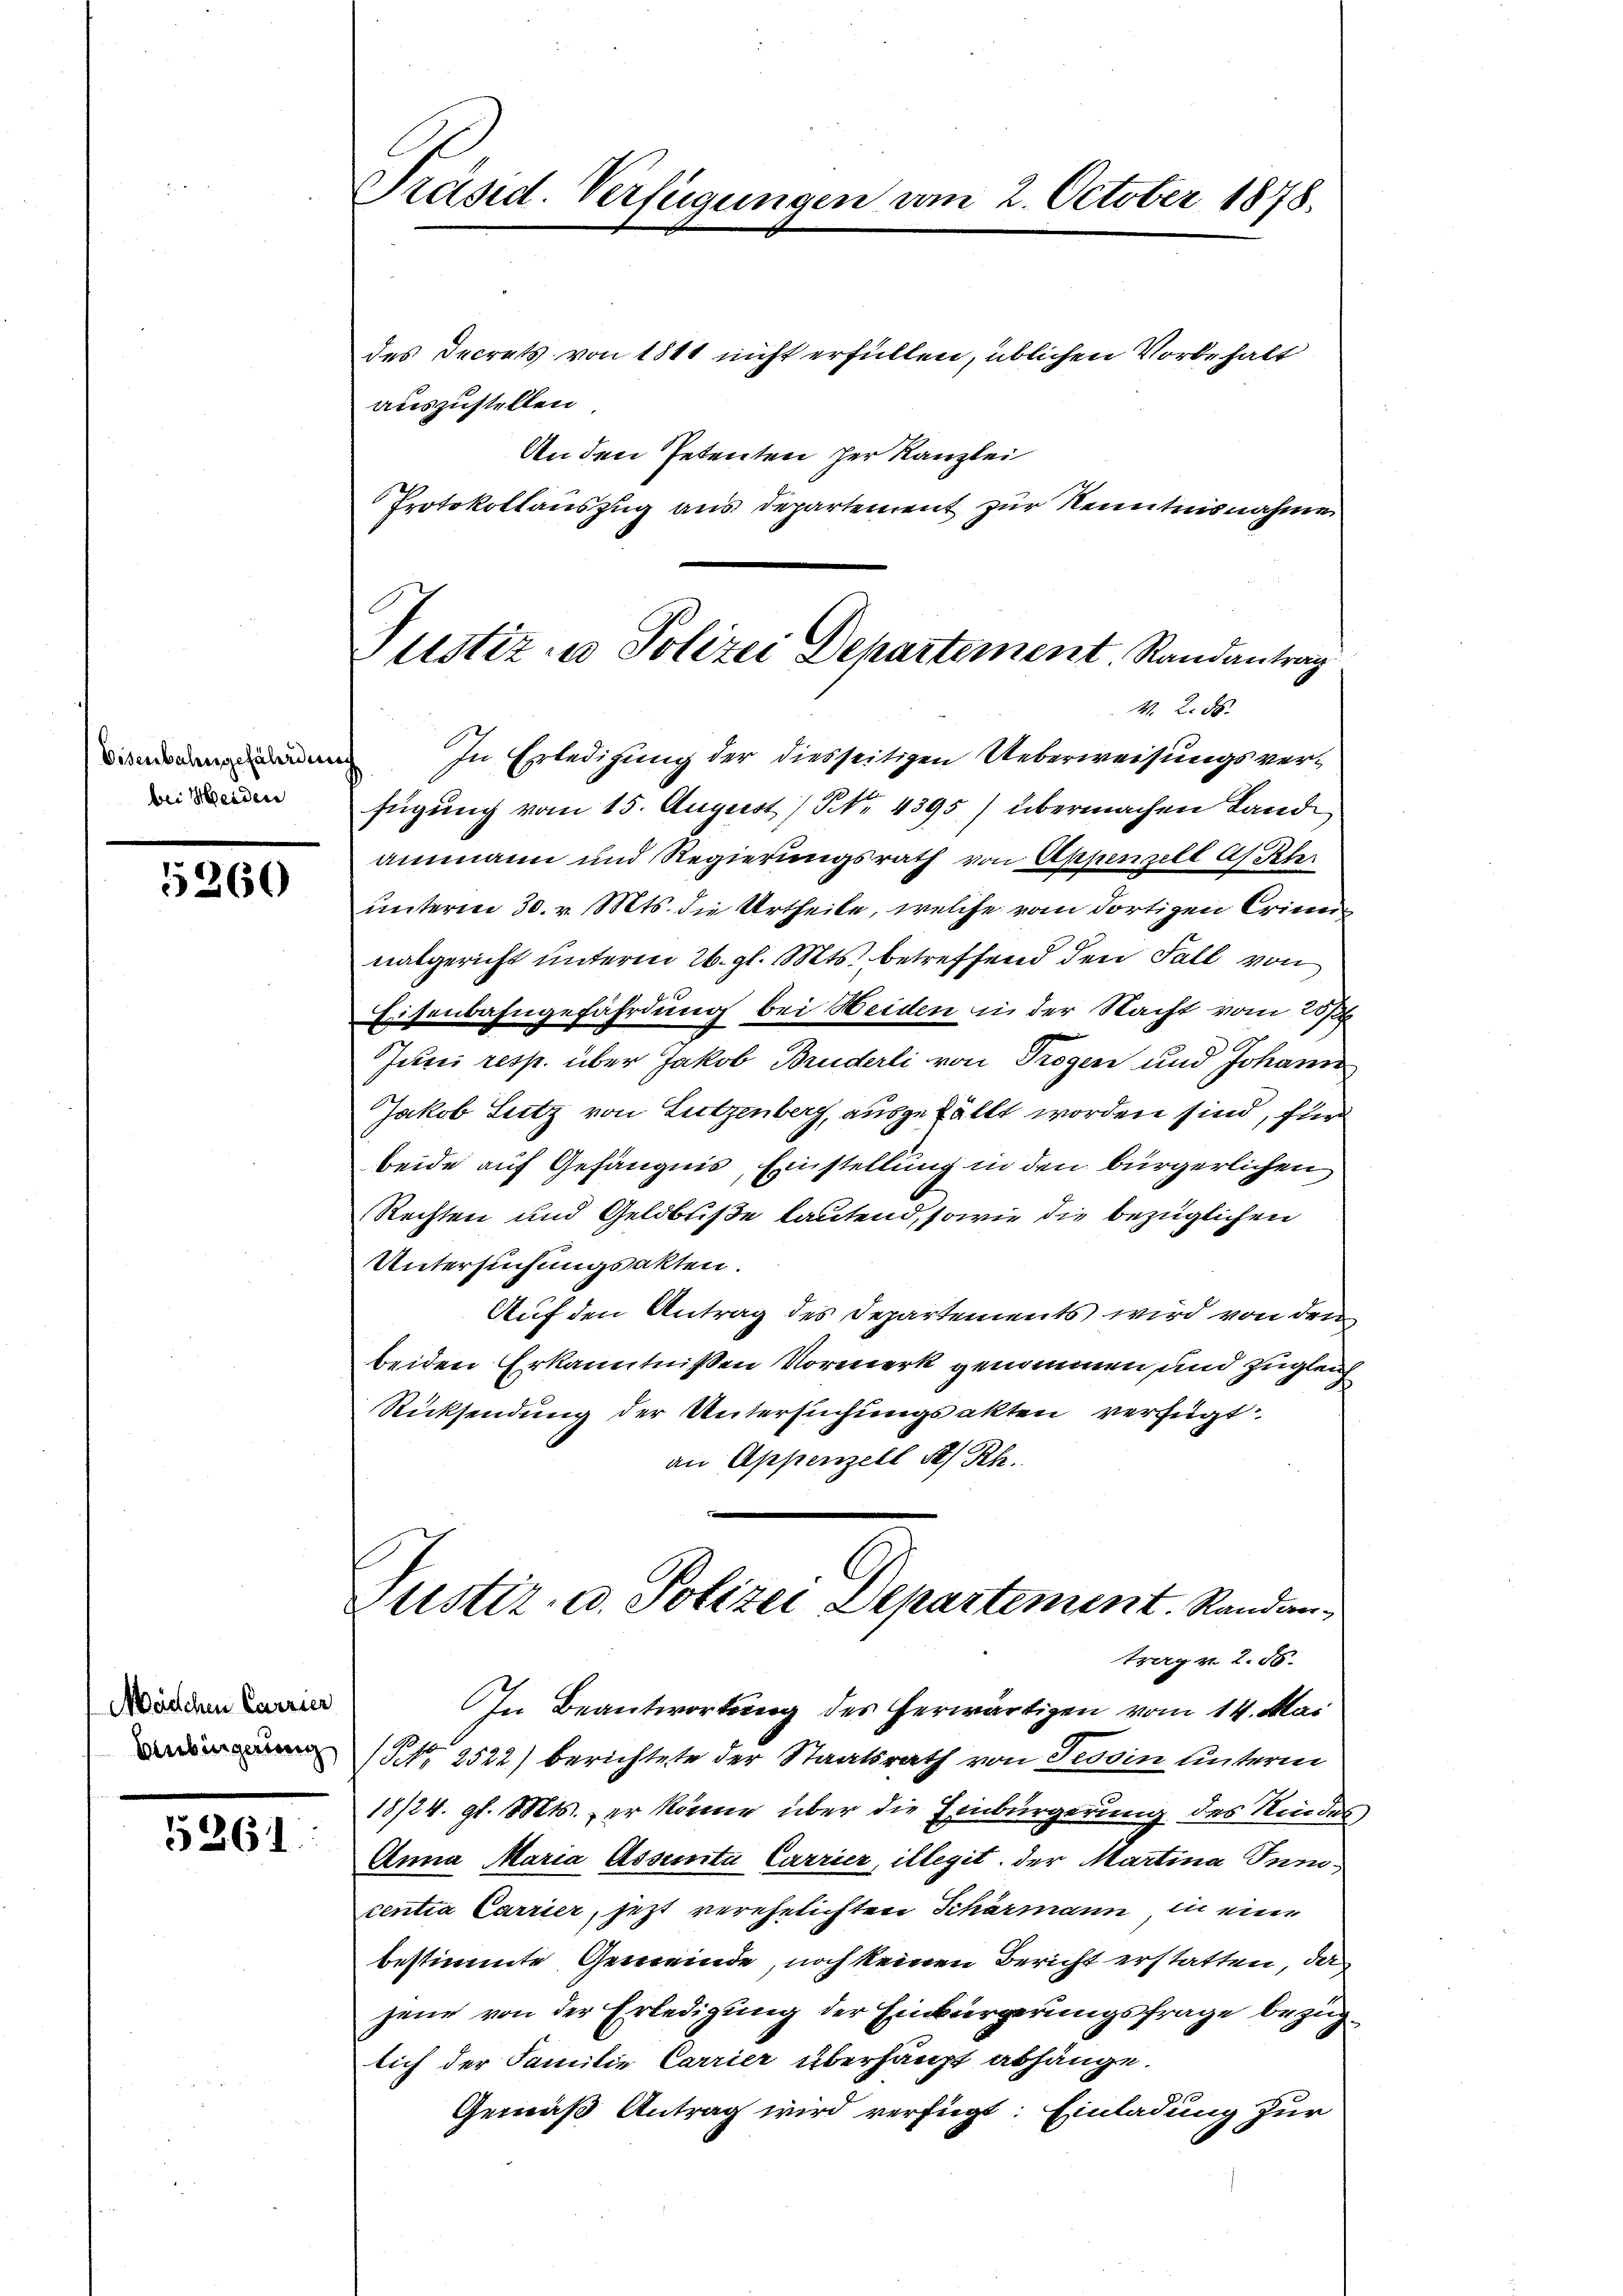
Eisenbahngefährden
bei Heiden

5260

Mädchen Carrier
Anbingerung

5361.

Präsid. Verfügungen vom 2. October 1878.

Justiz- u Polizei Departement Randantrag
M. 2. 58.

des Decrets von 1811 nicht erfüllen, üblichen Vorbehalt
auszustellen.
An den Petenten her Kanzlei
Protokollauszug aus Departement zur Kenntnisnahme
In Erledigung der diesseitigen Ueberweisungsverfügung vom 15. August / NNo. 4395) übermachen Landammann und Regierungsrath von Appenzell A. Pfer
unterm 30. v. Mts. die Urtheile, welche vom dortigen Eriner
nalgericht unterm 26. gl. Mts. betreffend den Fall von
Eisenbahngefährdung bei Heiden in der Nacht vom 25/
Juni resp. über Jakob Bruderli von Trogen und Johann
Jakob Lutz von Lutzenberg, ausgefällt worden sind, für
beide auf Gefängnis, Einstellung in den bürgerlichen
Rechten und Geldbuße lautend, sowie die bezüglichen
Untersuchungsakten.
Auf den Antrag des Departements wird von dem
beiden Erkanntnißen Vormerk genommen und zugleich
Rücksendung der Untersuchungsakten verfügt
an Appenzell S. Rh.
Justiz- u. Polizei Departement. Randantrag v. 2. 56.
In Beantwortung des herwärtigen vom 14. Mai
(Nr. 2522) berichtete der Staatsrath von Tessin unterm
18/24. gl. Mts., er könne über die Einbürgerung des Kindes,
Anna Maria Assimita Carrier, illegit der Martina Tunicentia Carrier, jetzt verehelichten Schärmann, in eine
bestimmte Gemeinde, noch keinen Bericht erstatten, da
jene von der Erledigung der Einbürgerungsfrage bezuglich der Familie Carrier überhaupt abhänge.
Gemäß Antrag wird verfügt: Einladung zur